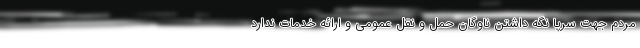
مردم جهت سرپا نگه داشتن ناوگان حمل و نقل عمومی و ارائه خدمات ندارد